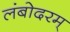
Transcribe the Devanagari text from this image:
लंबोदरम्